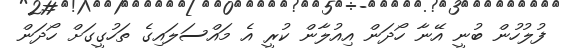
ފުލުހުން ބުނީ އޭނާ ހޯދަން އިއުލާން ކުރީ އެ މައްސަލައިގެ ތަހުގީގަށް ހޯދަން